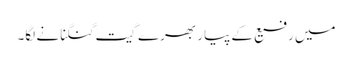
میں رفیع کے پیار بھرے گیت گنگنانے لگا۔